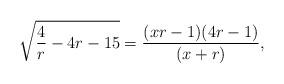
LaTeX: \begin{align*} \sqrt{ \frac{4}{r} - 4r - 15} = \frac{(xr-1)(4r -1)}{(x+r)},\end{align*}